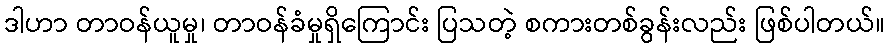
ဒါဟာ တာဝန်ယူမှု၊ တာဝန်ခံမှုရှိကြောင်း ပြသတဲ့ စကားတစ်ခွန်းလည်း ဖြစ်ပါတယ်။